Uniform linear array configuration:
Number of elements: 32
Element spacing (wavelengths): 0.5
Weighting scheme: blackman
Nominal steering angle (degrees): -60
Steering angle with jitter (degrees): -60.254
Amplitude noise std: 0.05
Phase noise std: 0.05

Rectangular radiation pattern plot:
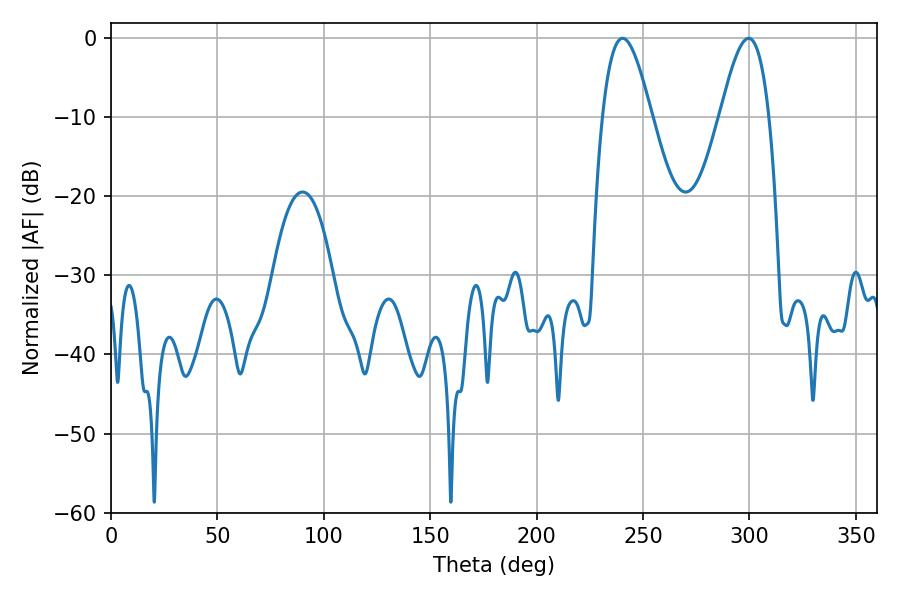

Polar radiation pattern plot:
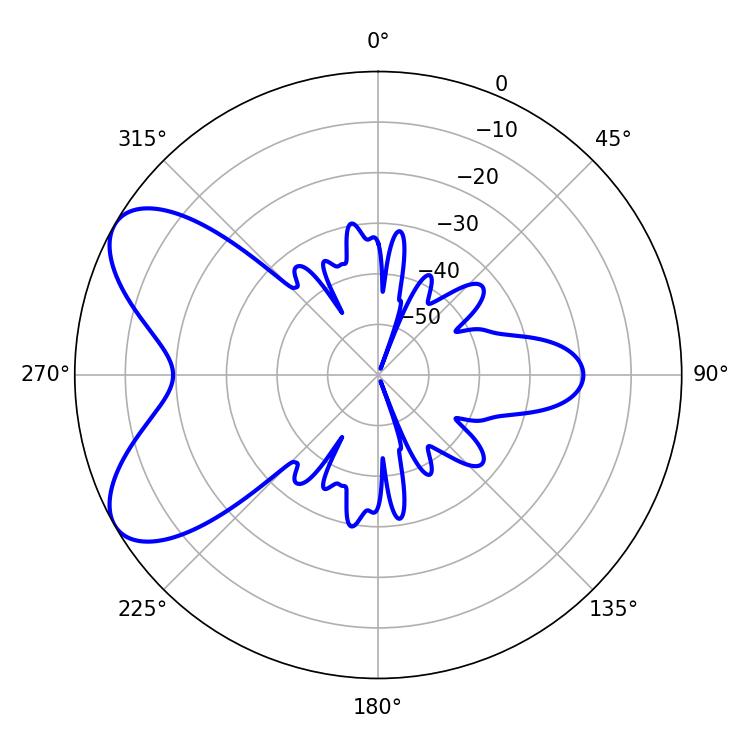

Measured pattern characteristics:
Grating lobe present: FALSE
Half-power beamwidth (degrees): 12.42
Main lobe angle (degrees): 240.3